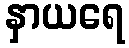
နှာယရေ